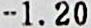
-1.20